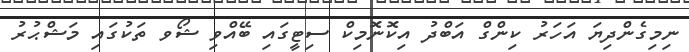
ނިމިގެންދިޔަ އަހަރު ކިންގް އަބްދު އިކޮނޮމިކް ސިޓީގައި ބޭއްވި ޝޯވ ތަކުގައި މަޝްޙުރު